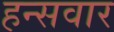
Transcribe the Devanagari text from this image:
हन्सवार